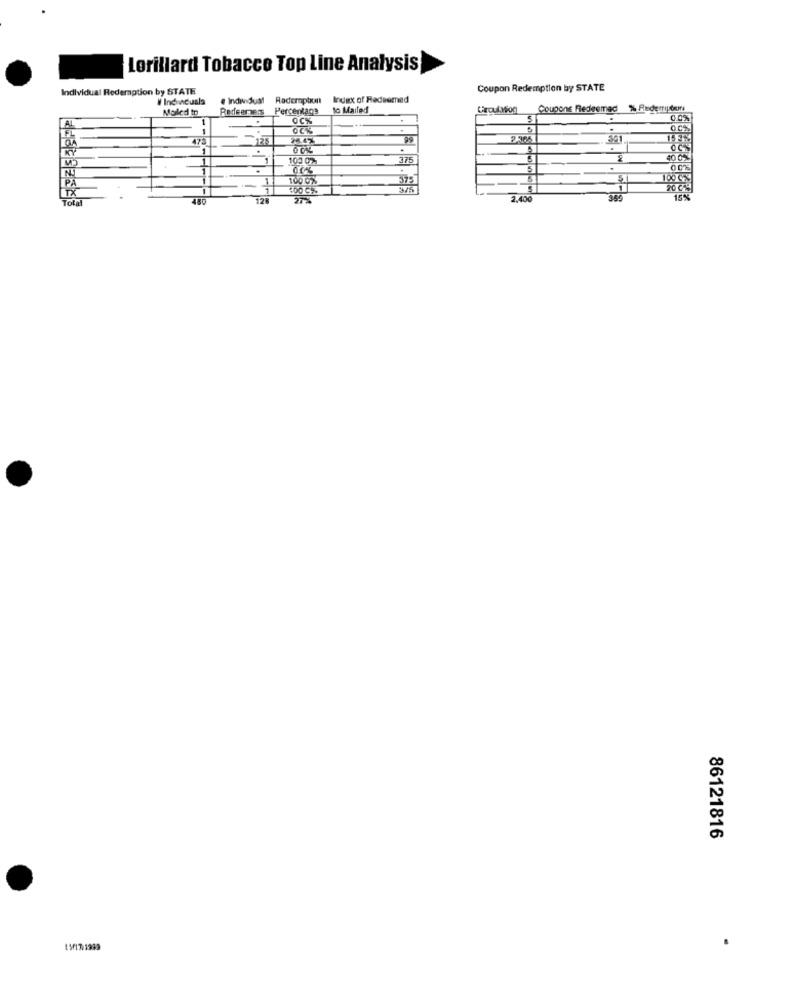
Lorillard Tobacco Top Line Analysis
Individual Redemption by STATE
Coupon Redemption by STATE
W Indiacuala
. Individual Radermpton
Index of Redeemed
Mailed to
Percentage
to Mailed
Coupons Redeemed % Ruderription
OCK
--
OCK
472
2.305
1
00%
103 0%
375
2
10 0%
00%
1
100 0%
375
S
100 CZ
1
20 CAS
Tol
480
2.400
15%
86121816